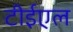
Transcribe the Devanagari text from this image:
टीईएल